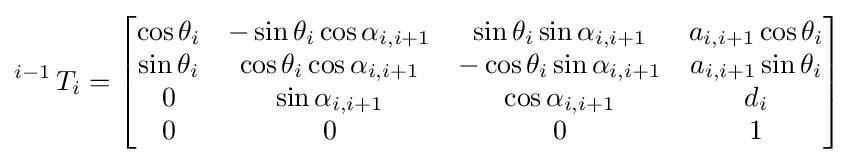
\operatorname {} ^{i-1}T_{i}={\begin{bmatrix}\cos \theta _{i}&-\sin \theta _{i}\cos \alpha _{i,i+1}&\sin \theta _{i}\sin \alpha _{i,i+1}&a_{i,i+1}\cos \theta _{i}\\\sin \theta _{i}&\cos \theta _{i}\cos \alpha _{i,i+1}&-\cos \theta _{i}\sin \alpha _{i,i+1}&a_{i,i+1}\sin \theta _{i}\\0&\sin \alpha _{i,i+1}&\cos \alpha _{i,i+1}&d_{i}\\0&0&0&1\end{bmatrix}}